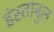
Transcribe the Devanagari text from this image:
इंस्ताबुल